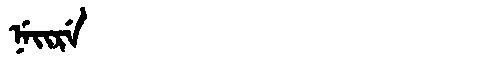
Manchu: ᠨᡝᡳᡵᡝ
Romanization: NEIRE